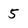
Character: 5